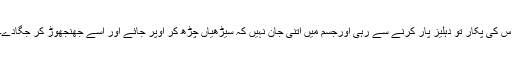
اس کی پکار تو دہلیز پار کرنے سے رہی اورجسم میں اتنی جان نہیں کہ سیڑھیاں چڑھ کر اوپر جائے اور اسے جھنجھوڑ کر جگادے۔